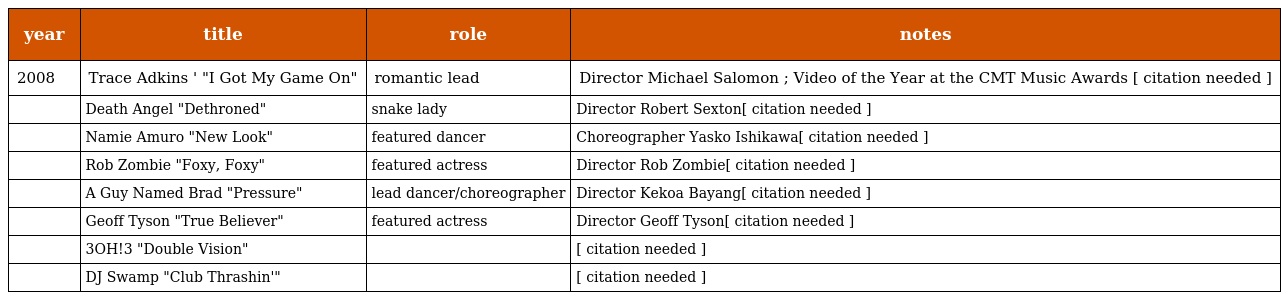
| year | title | role | notes |
 | --- | --- | --- | --- |
 | 2008 | Trace Adkins ' "I Got My Game On" | romantic lead | Director Michael Salomon ; Video of the Year at the CMT Music Awards [ citation needed ] |
 |  | Death Angel "Dethroned" | snake lady | Director Robert Sexton[ citation needed ] |
 |  | Namie Amuro "New Look" | featured dancer | Choreographer Yasko Ishikawa[ citation needed ] |
 |  | Rob Zombie "Foxy, Foxy" | featured actress | Director Rob Zombie[ citation needed ] |
 |  | A Guy Named Brad "Pressure" | lead dancer/choreographer | Director Kekoa Bayang[ citation needed ] |
 |  | Geoff Tyson "True Believer" | featured actress | Director Geoff Tyson[ citation needed ] |
 |  | 3OH!3 "Double Vision" |  | [ citation needed ] |
 |  | DJ Swamp "Club Thrashin'" |  | [ citation needed ] |